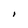
Character: I